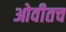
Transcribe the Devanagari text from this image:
ओवीतच